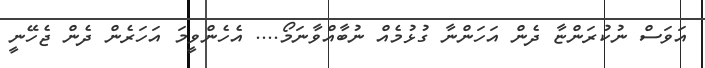
އަވަސް ނުކުރަންޏާ ދެން އަހަންނާ ގުޅުމެއް ނުބާއްވާނަމޯ.... އެހެންވީމަ އަހަރެން ދެން ޖެހޭނީ